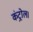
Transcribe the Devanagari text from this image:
कंट्रोल।